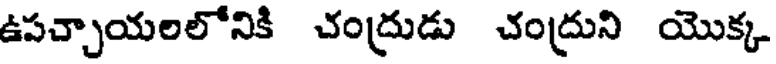
ఉపచ్చాయలలోనికి చంద్రుడు చంద్రుని యొక్క